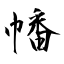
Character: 幡